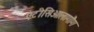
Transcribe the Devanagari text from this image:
एंटीसिआलागौग